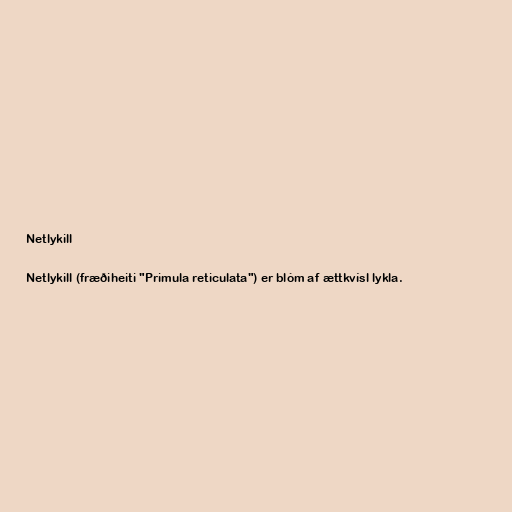
Netlykill

Netlykill (fræðiheiti "Primula reticulata") er blóm af ættkvísl lykla.